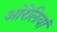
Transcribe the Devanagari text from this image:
ओरेलियां